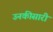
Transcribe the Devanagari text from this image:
उनकीसारी